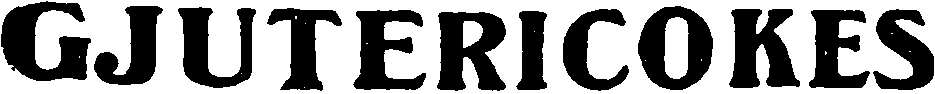
GJUTERICOKES